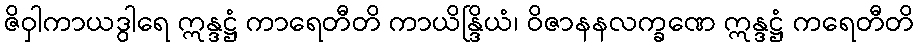
ဇိဝှါကာယဒွါရေ ဣန္ဒဋ္ဌံ ကာရေတီတိ ကာယိန္ဒြိယံ၊ ဝိဇာနနလက္ခဏေ ဣန္ဒဋ္ဌံ ကရေတီတိ